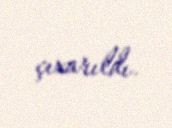
çıxarıldı.